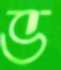
ভ